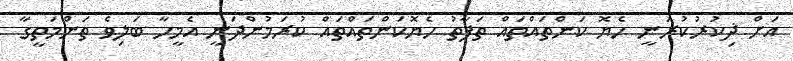
އަށް ޛިކުރުކުރަނީ ހެޔޮ ކަންތައްތައް ތަފާތު ހެޔޮކަންތައްތައް ކުރަމުންދަނީ އެމީހާ ބަލިވެ ތަންމަތީގާ